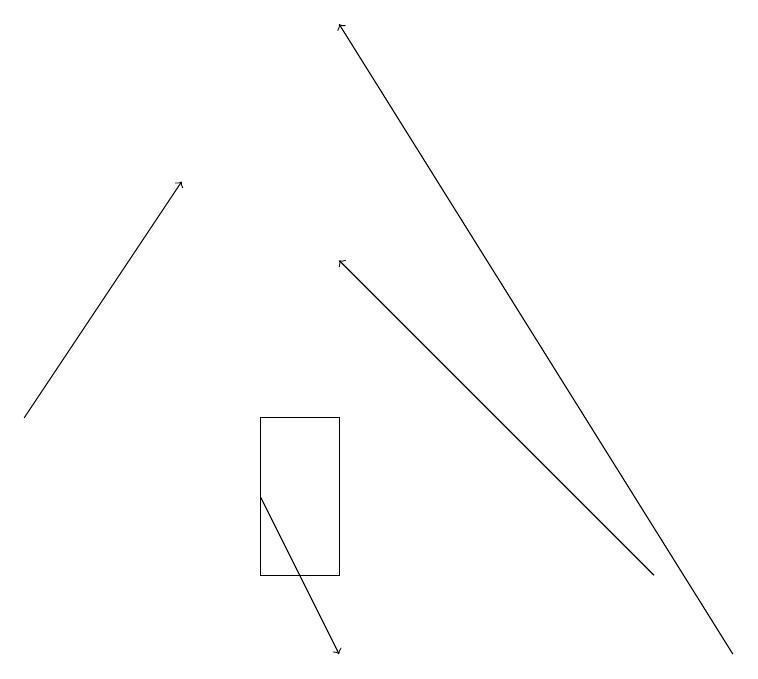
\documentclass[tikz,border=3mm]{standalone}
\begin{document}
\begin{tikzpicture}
\draw (4,14) rectangle (3,12);
\draw[->] (0,14) -- (2,17);
\draw[->] (8,12) -- (4,16);
\draw[->] (3,13) -- (4,11);
\draw[->] (9,11) -- (4,19);
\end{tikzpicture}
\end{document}